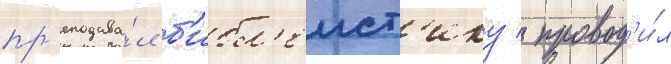
пр'еподава́л б'ибл'еист'ику / провод'и́л